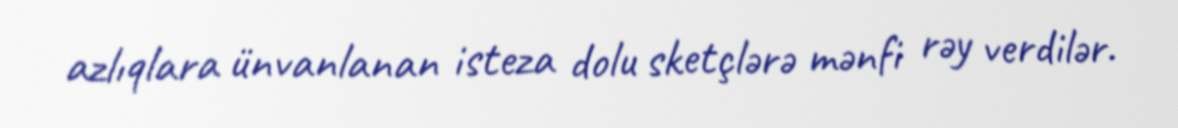
azlıqlara ünvanlanan isteza dolu sketçlərə mənfi rəy verdilər.